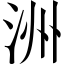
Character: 洲